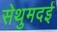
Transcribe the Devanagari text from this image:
सेथुमदई